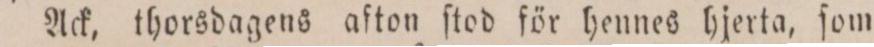
Ack, thorsdagens afton ſtod för hennes hjerta, ſom